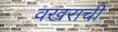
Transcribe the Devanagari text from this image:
वखराची